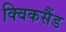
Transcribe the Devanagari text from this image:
क्विकसैंड